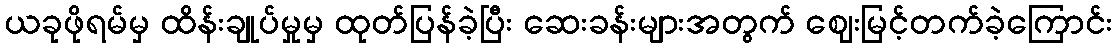
ယခုဖိုရမ်မှ ထိန်းချုပ်မှုမှ ထုတ်ပြန်ခဲ့ပြီး ဆေးခန်းများအတွက် ဈေးမြင့်တက်ခဲ့ကြောင်း